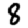
Digit: 8